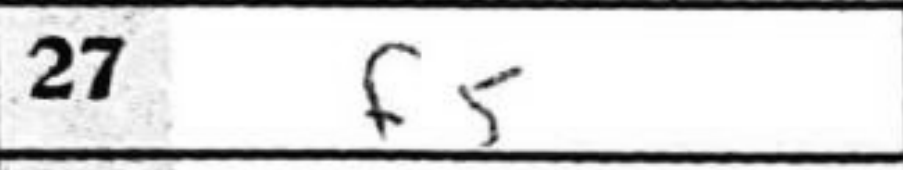
Transcription: f5